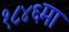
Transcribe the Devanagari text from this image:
१८४६मा